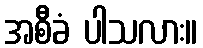
အစီခံ ပါသလား။